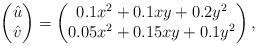
LaTeX: \begin{align*}\begin{pmatrix} \hat{u} \\ \hat{v} \end{pmatrix} = \begin{pmatrix} 0.1x^2+0.1xy+0.2y^2 \\ 0.05x^2+0.15xy + 0.1y^2 \end{pmatrix},\end{align*}